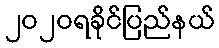
၂၀၂၀ရခိုင်ပြည်နယ်